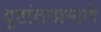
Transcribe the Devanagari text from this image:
दृष्टांताप्रमाणे